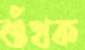
শুঁখক